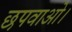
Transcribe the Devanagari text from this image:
छपवाओ।